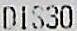
DIS30